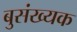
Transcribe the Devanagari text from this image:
बुसंख्यक